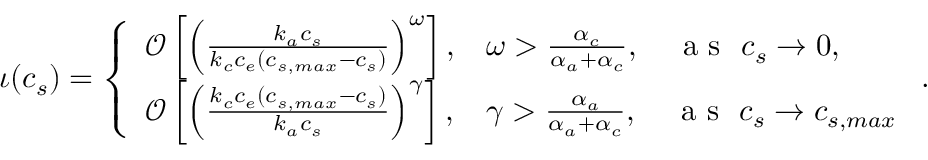
\iota ( c _ { s } ) = \left\{ \begin{array} { l l } { \mathcal { O } \left[ \left( \frac { k _ { a } c _ { s } } { k _ { c } c _ { e } ( c _ { s , m a x } - c _ { s } ) } \right) ^ { \omega } \right] , } & { \omega > \frac { \alpha _ { c } } { \alpha _ { a } + \alpha _ { c } } , \quad \textrm { a s } \ c _ { s } \to 0 , } \\ { \mathcal { O } \left[ \left( \frac { k _ { c } c _ { e } ( c _ { s , m a x } - c _ { s } ) } { k _ { a } c _ { s } } \right) ^ { \gamma } \right] , } & { \gamma > \frac { \alpha _ { a } } { \alpha _ { a } + \alpha _ { c } } , \quad \textrm { a s } \ c _ { s } \to c _ { s , m a x } } \end{array} \right. .